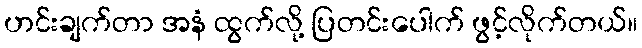
ဟင်းချက်တာ အနံ ထွက်လို့ ပြတင်းပေါက် ဖွင့်လိုက်တယ်။